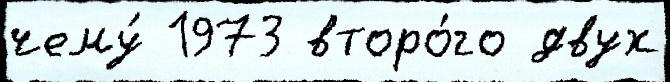
чему́ 1973 второ́го двух